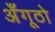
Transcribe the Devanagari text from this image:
अँगूठो